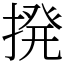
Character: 𫝼